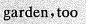
garden,too